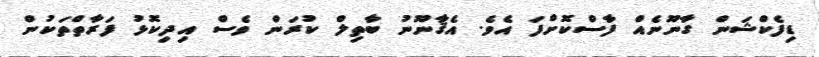
ޑިފެކްޝަން ގާނޫނެއް ފާސްކޮށްފަ އެވެ. އެޤާނޫނު ބާތިލް ކުރަން ވެސް އިދިކޮޅު ފަރާތްތަކުން